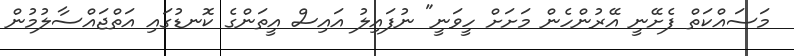
މަސައްކަތް ފެށޭނީ އޭރުންހެން މަށަށް ހީވަނީ" ނުފައިލު އައިސް އީތަންގެ ކޮނޑުގައި އަތްޖައްސާލުމުން